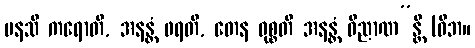
မနသိ ကရောတိ, အနန္တံ ဖရတိ, တေန ဝုစ္စတိ အနန္တံ ဝိညာဏ”န္တိ (ဝိဘ။